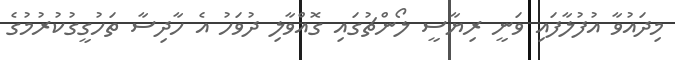
މިދައުވާ އުފުލާފައި ވަނީ ރިޔާސީ ލޯންޗުގައި ގޮއްވާލި ދުވަހު އެ ހާދިސާ ތަހުގީގުކުރުމުގެ